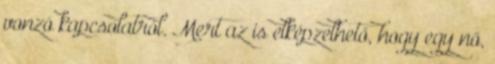
vonzó kapcsolatról. Mert az is elképzelhető, hogy egy nő,